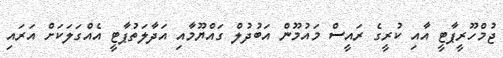
ޖުމްހޫރީޕާޓީ އާއި ކުރީގެ ރައީސް މައުމޫން އަބުދުލް ގައްޔޫމާއި އަދާލަތުޕާޓީ އެއްގަލަކަށް އަރައި